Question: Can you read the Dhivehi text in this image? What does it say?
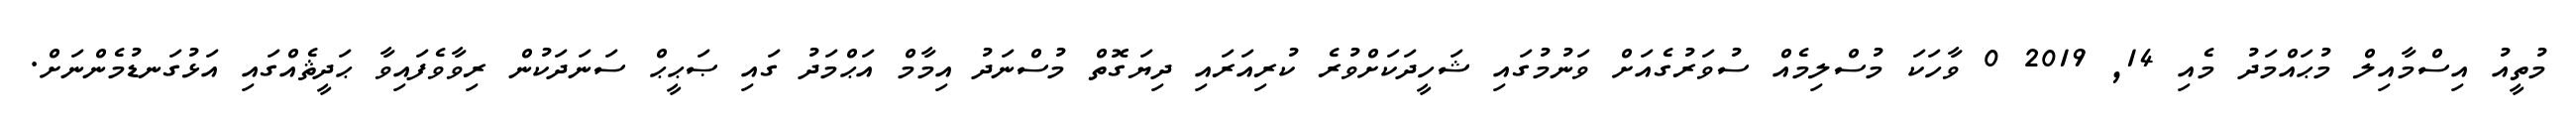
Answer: މުތީއު އިސްމާއިލް މުޙައްމަދު މެއި 14, 2019 0 ވާހަކަ މުސްލިމެއް ސުވަރުގެއަށް ވަނުމުގައި ޝަހީދަކަށްވުރެ ކުރިއަރައި ދިޔަގޮތް މުސްނަދު އިމާމް އަޙްމަދު ގައި ޞަޙީޙް ސަނަދަކުން ރިވާވެފައިވާ ޙަދީޘެއްގައި އަޅުގަނޑުމެންނަށް.